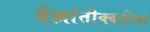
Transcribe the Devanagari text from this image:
देल्लांतीक्वारियों